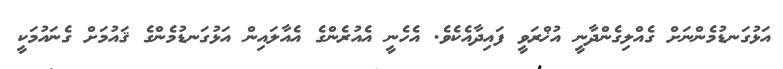
އަޅުގަނޑުމެންނަށް ގެއްލިގެންދާނީ އުޚްރަވީ ފައިދާއެކެވެ. އެހެނީ އެއުރެންގެ އެއާލައިން އަޅުގަނޑުމެންގެ ޤައުމަށް ގެނައުމަކީ